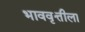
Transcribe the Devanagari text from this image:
भाववृत्तीला